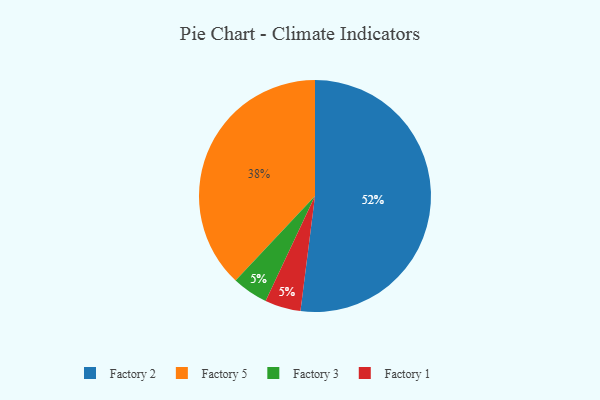
{"axis": {"x": "Category", "y": "Percentage"}, "legend": ["Factory 1", "Factory 2", "Factory 3", "Factory 5"], "data": [{"x": "Factory 2", "y": 52, "type": "Factory 2"}, {"x": "Factory 3", "y": 5, "type": "Factory 3"}, {"x": "Factory 1", "y": 5, "type": "Factory 1"}, {"x": "Factory 5", "y": 38, "type": "Factory 5"}]}